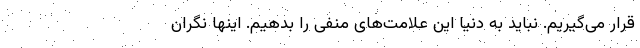
قرار می‌گیریم. نباید به دنیا این علامت‌های منفی را بدهیم. اینها نگران